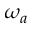
\omega _ { a }